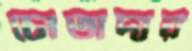
চোতাদার